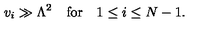
v _ { i } \gg \Lambda ^ { 2 } \quad \mathrm { f o r } \quad 1 \leq i \leq N - 1 .